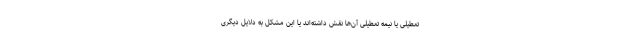
تعطیلی یا نیمه تعطیلی آن‌ها نقش داشته‌اند یا این مشکل به دلایل دیگری